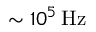
\sim 1 0 ^ { 5 } \, \mathrm { { H z } }